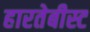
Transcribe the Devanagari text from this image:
हारतेबीस्ट